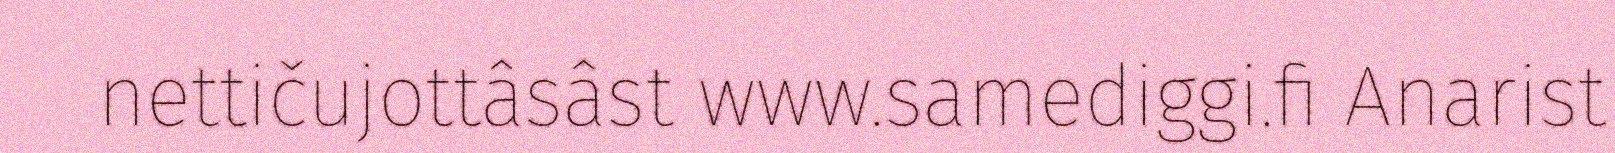
nettičujottâsâst www.samediggi.fi Anarist